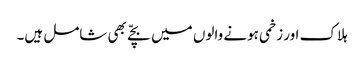
ہلاک اور زخمی ہونے والوں میں بچّے بھی شامل ہیں۔